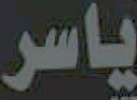
ياسر